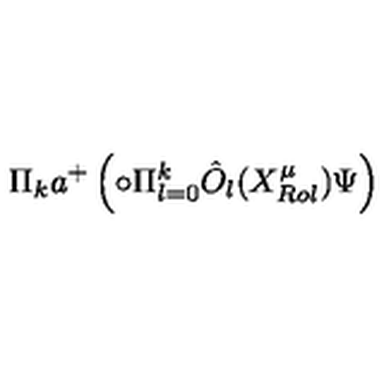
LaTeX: \Pi _ { k } a ^ { + } \left( \circ \Pi _ { l = 0 } ^ { k } \hat { O } _ { l } ( X _ { R o l } ^ { \mu } ) \Psi \right)